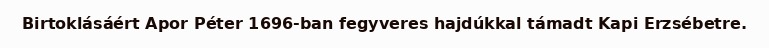
Birtoklásáért Apor Péter 1696-ban fegyveres hajdúkkal támadt Kapi Erzsébetre.